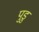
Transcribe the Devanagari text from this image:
पुडु